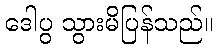
ဒေါပွ သွားမိပြန်သည်။